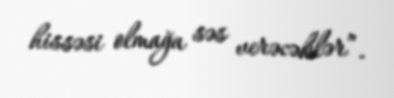
hissəsi olmağa səs verəcəklər”.